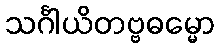
သင်္ဂါယိတဗ္ဗဓမ္မော